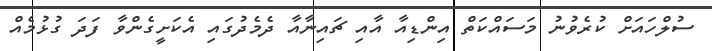
ސުލްހައަށް ކުރެވުނު މަސައްކަތް އިންޑިއާ އާއި ޗައިނާއާ ދެމެދުގައި އެކަށީގެންވާ ފަދަ ގުޅުމެއް